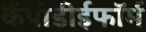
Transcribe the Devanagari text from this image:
कैंपोडीईफॉर्म